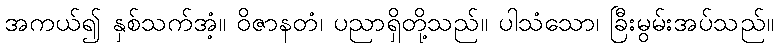
အကယ်၍ နှစ်သက်အံ့။ ဝိဇာနတံ၊ ပညာရှိတို့သည်။ ပါသံသော၊ ခြီးမွမ်းအပ်သည်။